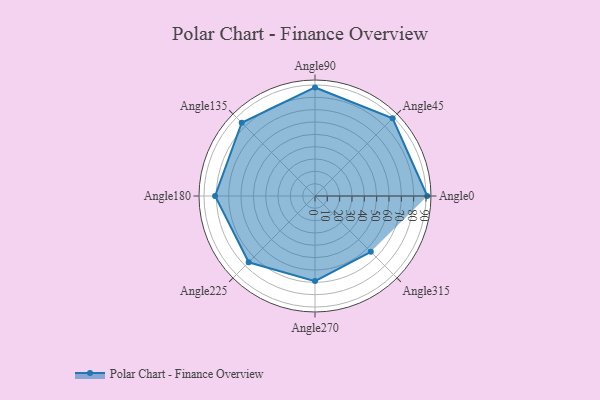
{"axis": {"x": "Angle", "y": "Radius"}, "legend": [""], "data": [{"x": "Angle0", "y": 91.0, "type": ""}, {"x": "Angle45", "y": 89.0, "type": ""}, {"x": "Angle90", "y": 88.0, "type": ""}, {"x": "Angle135", "y": 84.0, "type": ""}, {"x": "Angle180", "y": 81.0, "type": ""}, {"x": "Angle225", "y": 76.0, "type": ""}, {"x": "Angle270", "y": 69.0, "type": ""}, {"x": "Angle315", "y": 64.0, "type": ""}]}